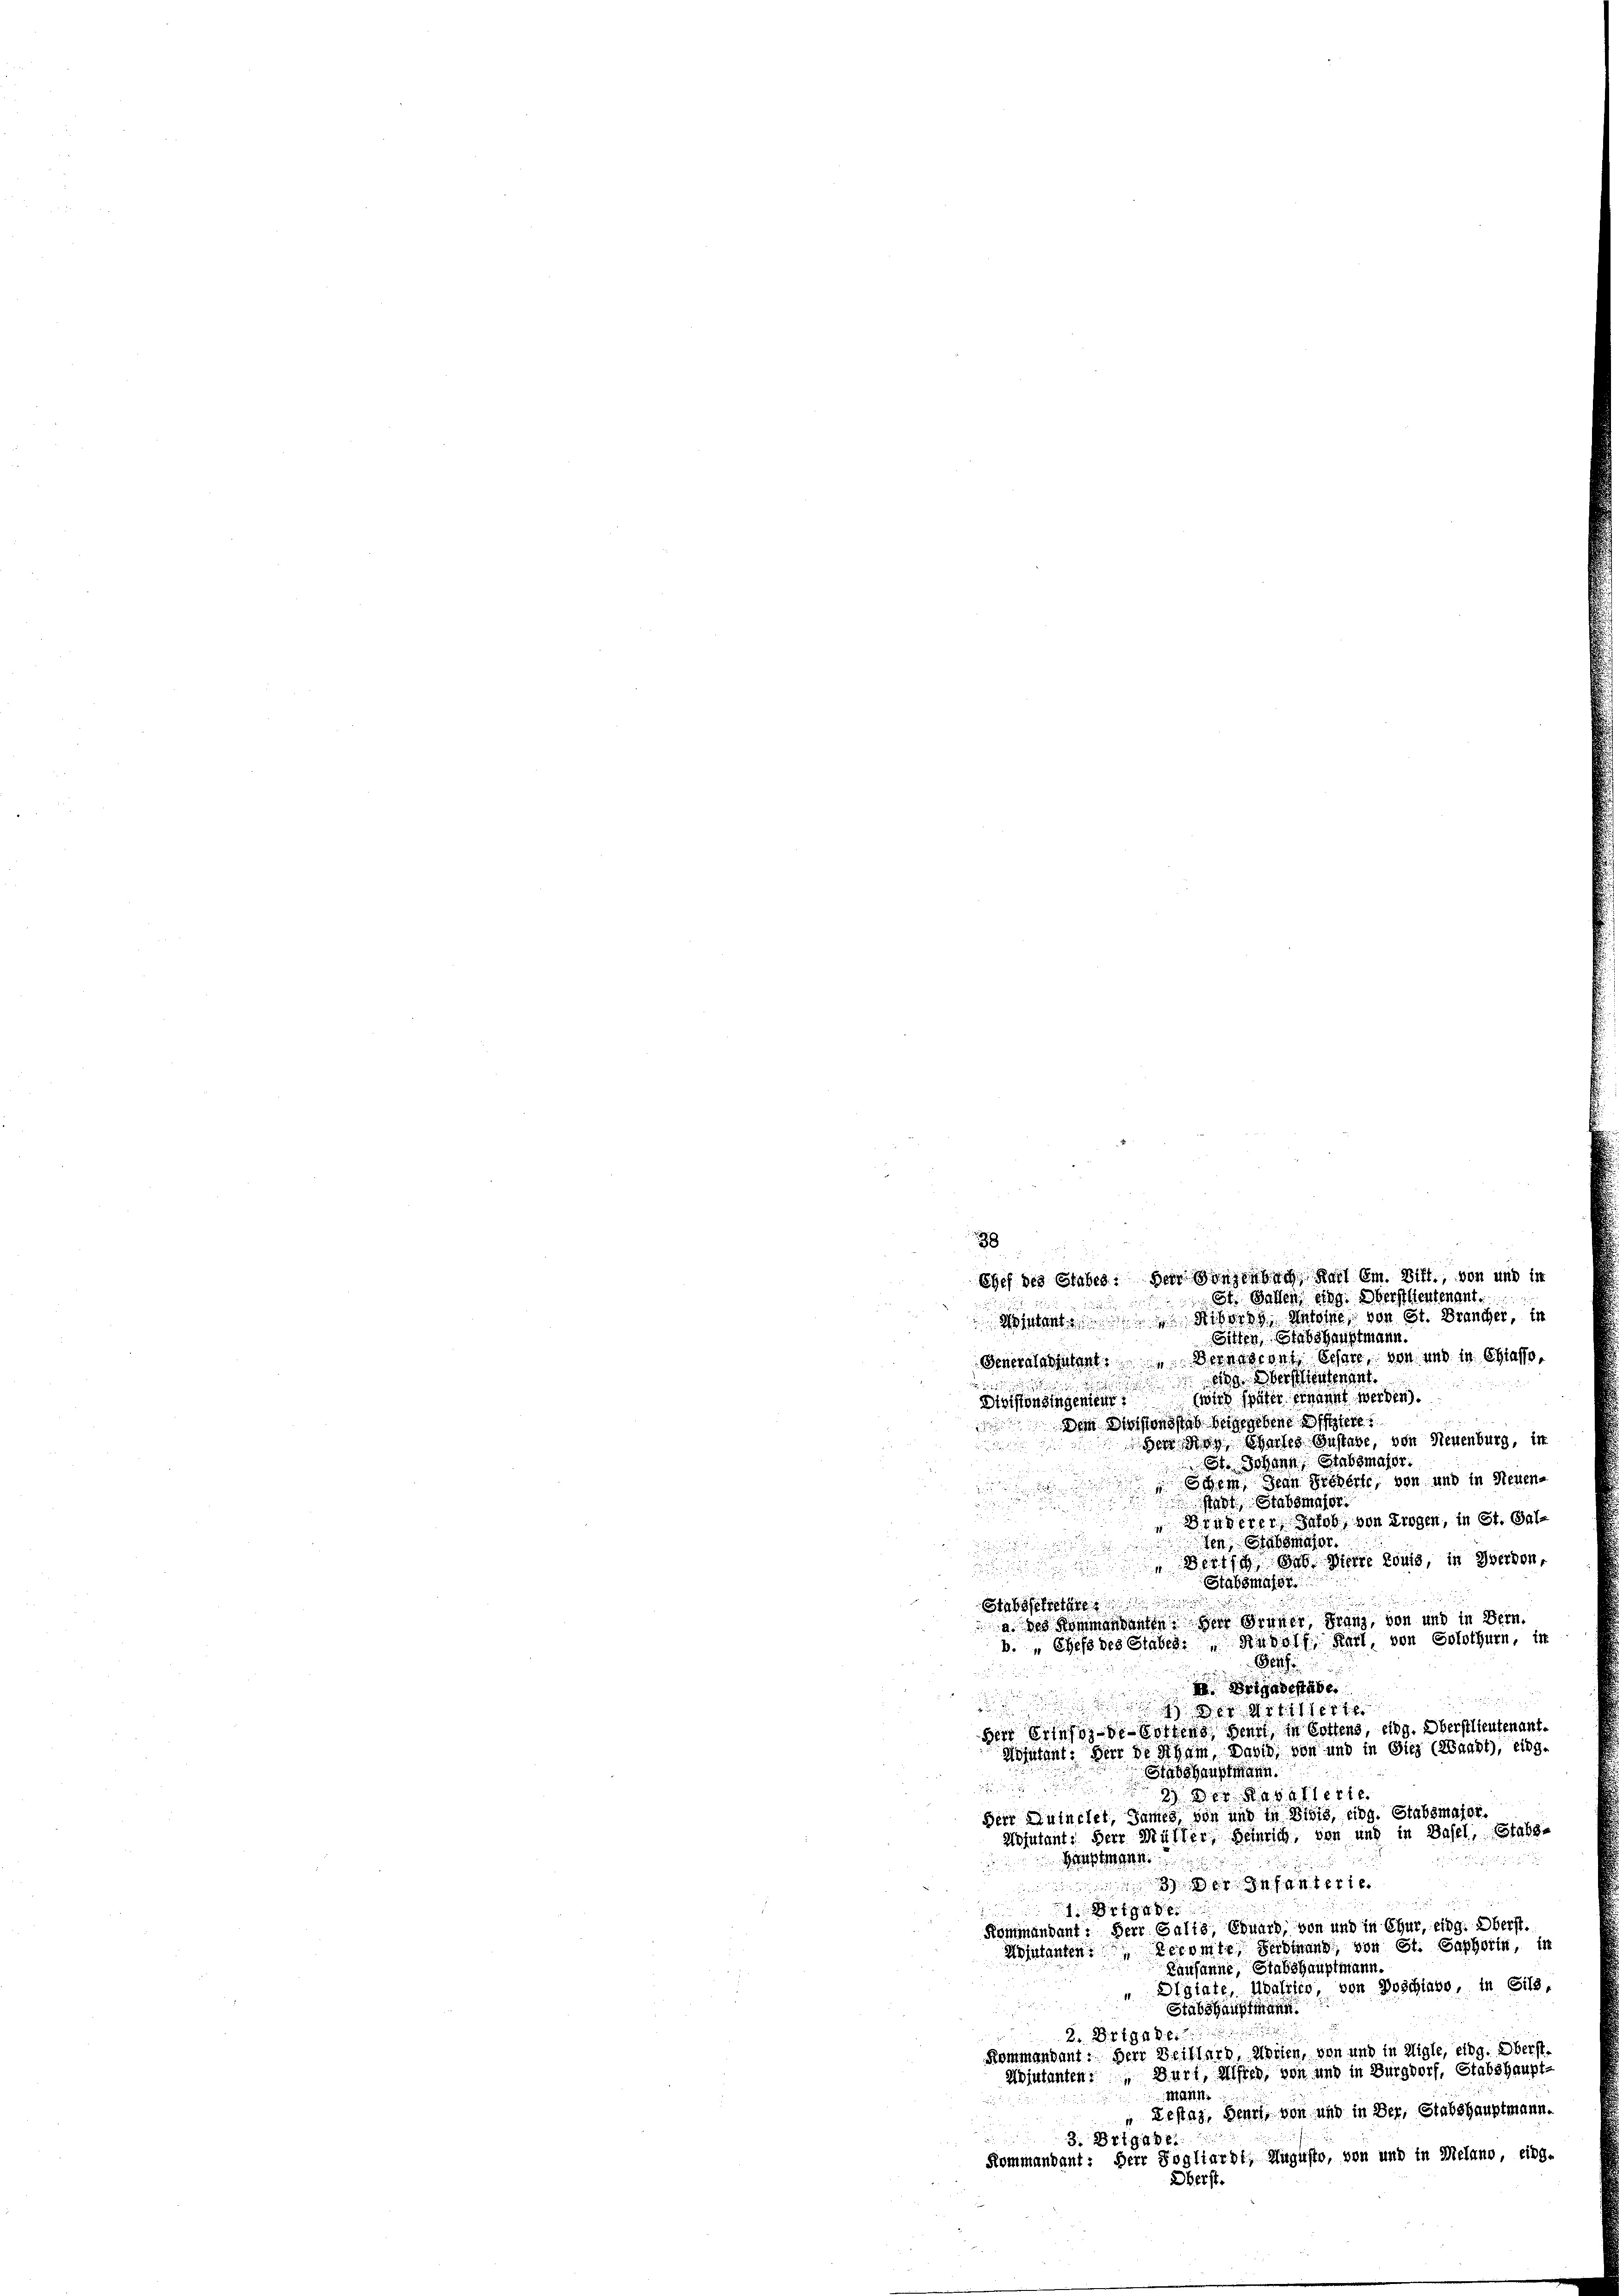
38
Generalarzulent. Berneront lesen, von und in Chias
g erstentenant
wird später ernannt werden).
Divisionsingenten
Dein Divisionsstab beigegebene Offiziere
gert der Saches Zustabe, von Neuenburg, in
St. Johann, Stabsmajor.
Schem Dein Greberte, von und in Neuens
stadt, Stabsmajor.
Bruderer Jalob, von Trogen, in St. Galten, Stabsmajor.

Bertsch, Bub, Herre konig, in Werden,
Stabsmasse
a. des Kommandanten. Herr Grüner Franz, von und in Bern.
b. „Chefs des Stabes. Rudolf Karl, von Solothurn, in
Beth
Brigadestabe
 41 f. 11884
Herr Erinos de Sortens denn in Gottens, eing. Oberstlieutenant.
Adjutant: Herr de Schum, Dahin, von und in Sieg (Waadt), eing¬
Stabshauptmann.

2) Der Kavallerie
Herr Quinchet, Sames von und in Divis, eing. Stabsmajor.
adjutants Herr Müller, Heinrich, von und in Basel, Stabs-
Hauptmann.

ert
1794.
Kommandant: Herr Galis, Eduard, von und in Chur, eidg. Oberst.
Mintanten Keramte Serbung, von St. Saphorin, in
Kausanne, Stabshauptmann.
Digiate, Ubalrico, von Doschiavo, in Sils,
Stabshauptmann.
2.B.119486
Kommandant. Der Beillard, Marien, von und in Aigle, eidg. Oberst
Adjutanten: Duri, Alfred, von und in Burgdorf, Stabshaupt-
Mann,
Testag, Benni, von und in Der, Stabshauptmann.
3. 719486
Kommandant: Herr Pogliardt, Augusto, von und in Melano, eidg.
Oberst.

Stabssekretäre

Chef des Stabes. Herr Sonzenbach, Karl Em. Ditt., von und in
St. Gallen eing. Oberstlieutenant.
Montante Miter Antoine von St. Brancher, in
Sitten, Stabshauptmann.